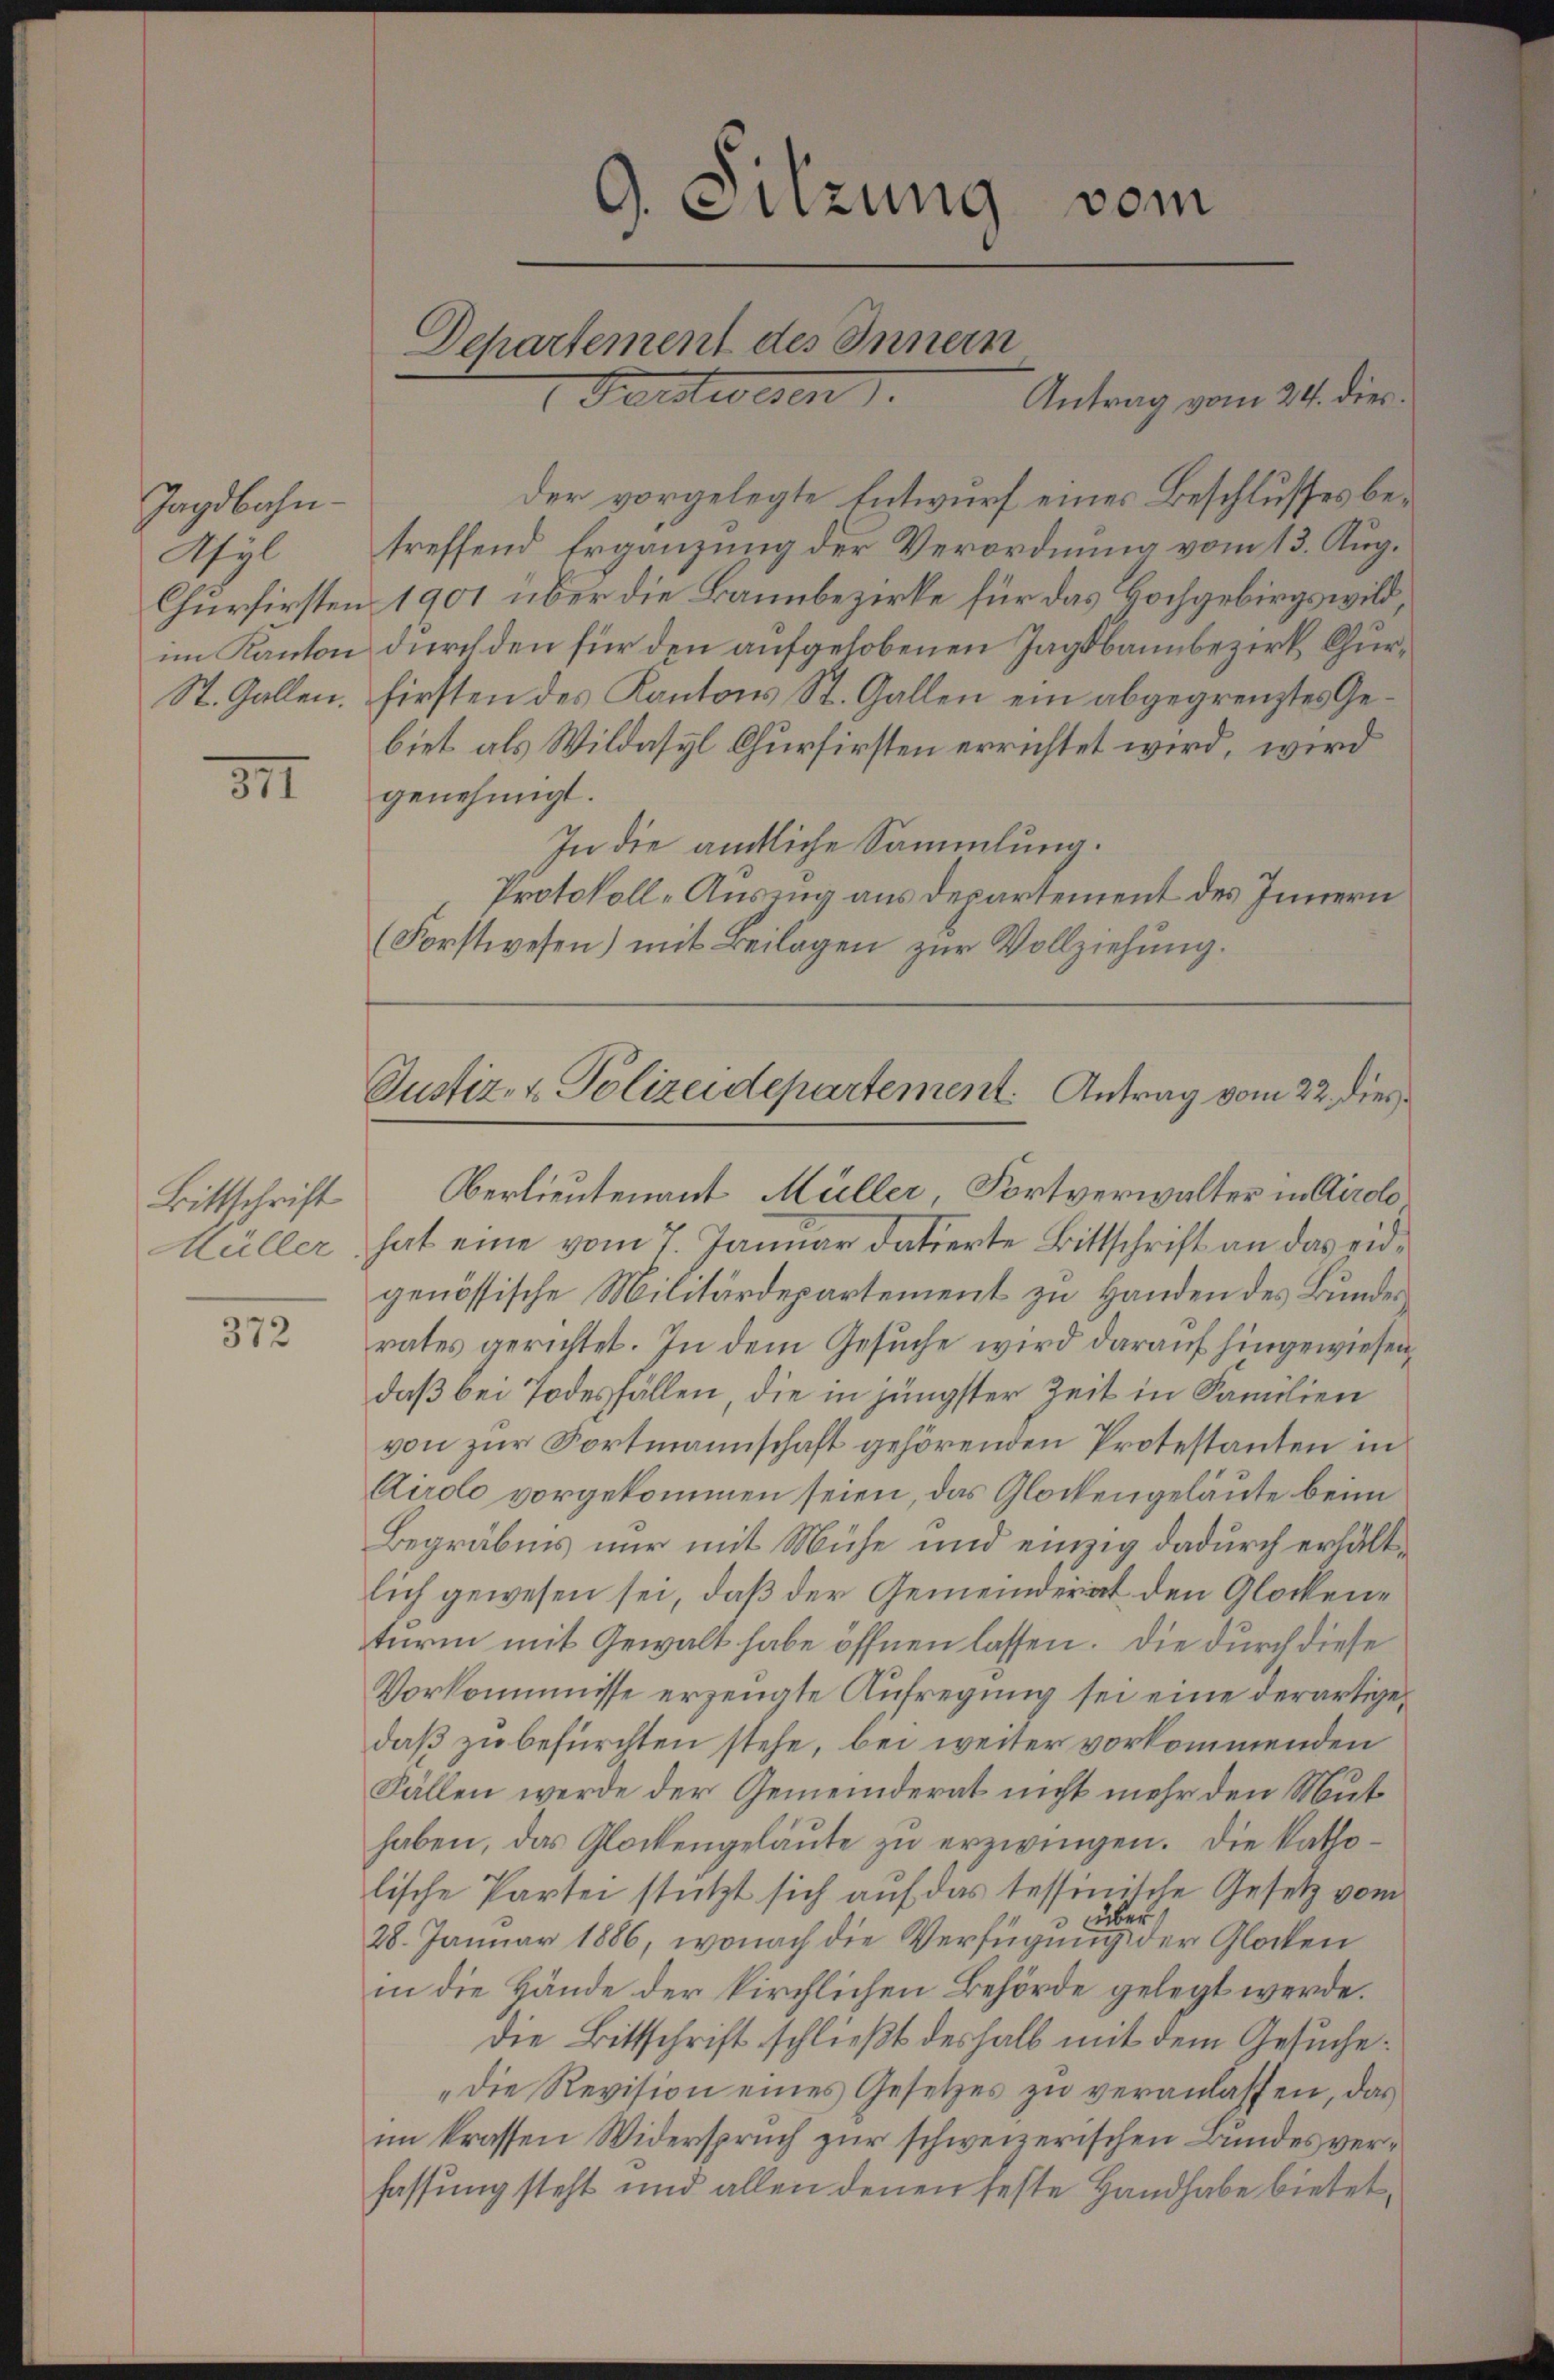
Jagdbahn-
Asyl
im Kanton
St. Gallen.

311

Bittschrift
Müller

372

Departement des Innern
Festwesen.

9. Sitzung
vom

Antrag vom 24. dies

der vorgelegte Entwurf eines Beschlusses betreffend Ergänzung der Verordnung vom 13. Aug.
Churfirsten 1901 über die Bannbezirke für das Hochgebirgswild
durch den für den aufgelobenen Tagsbannbezirk Churfirsten des Kantons St. Gallen ein abgegrenztes Gebiet als Wildasyl Churfirsten errichtet wird, wird
genehmigt.
In die amtliche Sammlung.
Protokoll-Auszug aus Departement des Innern
Oberlieutenant Müller Fortverwalter in Airolo
hat eine vom 7. Januar datierte Bittschrift an das eidgenössische Militärdepartement zu Handen des Bundesrates gerichtet. In dem Gesuche wird darauf hingewiesen,
daß bei Todesfällen, die in jüngster Zeit in Familien
von zŭr Fortmannschaft gehörenden Protestanten in
Airolo vorgekommen seien, das Glockengelaute beim
Begräbnis nur mit Mühe und einzig dadurch erhältlich gewesen sei, daß der Gemeinderat den Glockenturm mit Gewalt habe öffnen lassen. Die durch diese
Vorkommnisse erzeugte Aufregung sei eine derartige
daß zu befürchten stehe, bei weiter vorkommenden
Fällen werde der Gemeinderat nicht mehr den Mut
haben, das Glockengeläŭte zu erzwingen. Die katholische Partei stützt sich auf das tessinische Gesetz vom
 über
28. Januar 1886, wonach die Verfügung der Glocken
in die Hände der kirchlichen Behörde gelegt werde.
Die Bittschrift schließt deshalb mit dem Gesuche¬
"die Revision eines Gesetzes zŭ veranlassen, das
im krassen Widerspruch zur schweizerischen Bundes verfassung steht und allen denen feste Handhabe bietet,

(Forstwesen) mit Beilagen zur Vollziehung.

Justiz- & Polizeidepartement. Antrag vom 22. dies